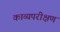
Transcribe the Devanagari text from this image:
काव्यपरीक्षण